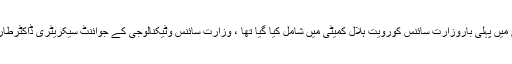
یاد رہے رمضان المبارک کا چاند دیکھنے کیلئے پاکستان کی تاریخ میں پہلی باروزارت سائنس کورویت ہلال کمیٹی میں شامل کیا گیا تھا ، وزارت سائنس وٹیکنالوجی کے جوائنٹ سیکریٹری ڈاکٹرطارق مسعود بطورٹیکنیکل ایکسپرٹ رویت ہلال کمیٹی کا حصہ تھے۔